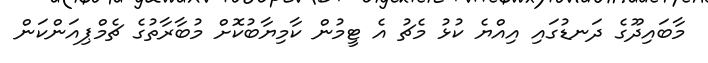
މާބައިދޫގެ ދަނޑުގައި އިއްޔެ ކުޅު މެޗު އެ ޓީމުން ކާމިޔާބުކޮށް މުބާރާތުގެ ޗެމްޕިއަންކަން